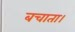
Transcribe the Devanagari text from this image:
बचाता।